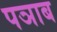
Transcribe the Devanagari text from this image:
पञाब